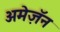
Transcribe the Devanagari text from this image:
अमेज़ॅन